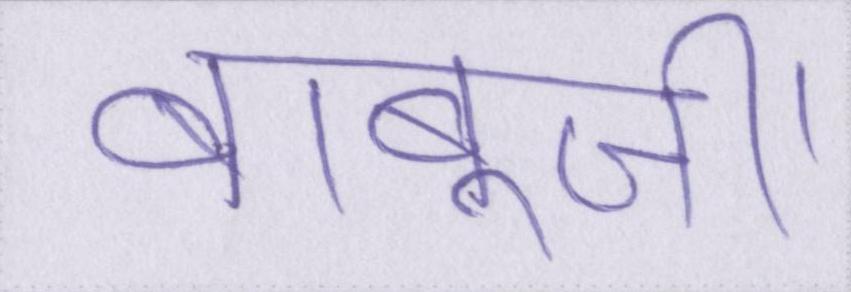
बाबूजी।